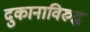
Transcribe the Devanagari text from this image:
दुकानाविरुद्ध